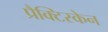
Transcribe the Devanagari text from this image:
प्रैक्टिस्केन